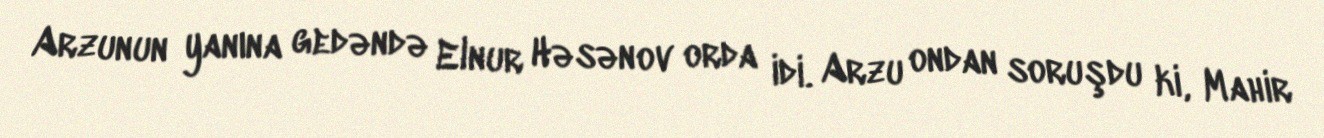
Arzunun yanına gedəndə Elnur Həsənov orda idi. Arzu ondan soruşdu ki, Mahir